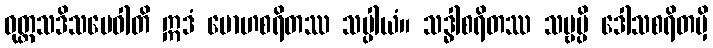
ဝုတ္တသဒိသမေဝါတိ ဣဒံ မောဟစရိတဿ သပ္ပါယံ။ သဒ္ဓါစရိတဿ သဗ္ဗမ္ပိ ဒေါသစရိတမှိ